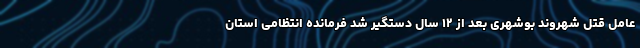
عامل قتل شهروند بوشهری بعد از ۱۲ سال دستگیر شد فرمانده انتظامی استان